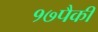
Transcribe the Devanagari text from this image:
१७पैकी